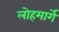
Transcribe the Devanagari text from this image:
लोहमार्गे